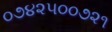
૦૭૪૨૫૦૦૭૨૧